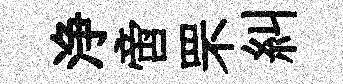
浄啻罘糾